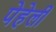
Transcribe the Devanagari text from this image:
पेहेली